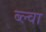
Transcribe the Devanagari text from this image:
ब्ल्वा